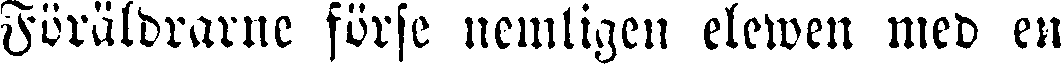
Föräldrarne förse nemligen elewen med en